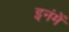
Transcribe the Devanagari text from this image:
इनंमें